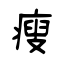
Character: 瘦